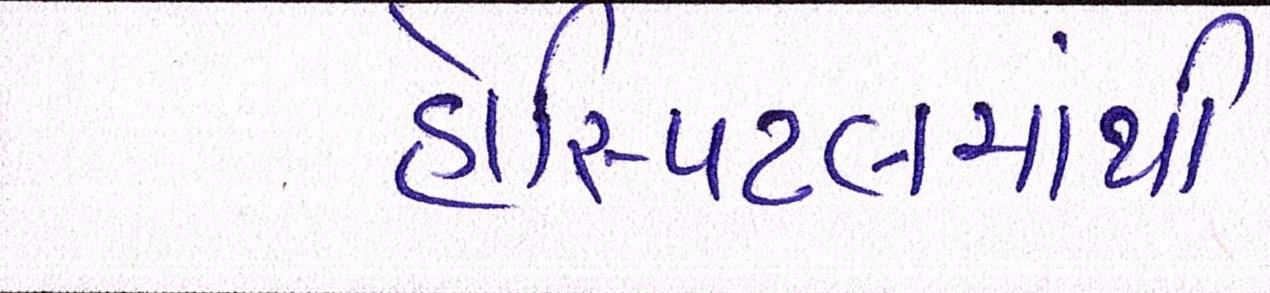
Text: હોસ્પિટલમાંથી